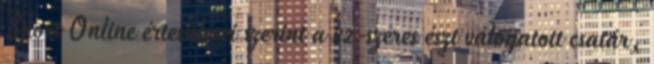
Sport Online értesülései szerint a 82-szeres észt válogatott csatár,